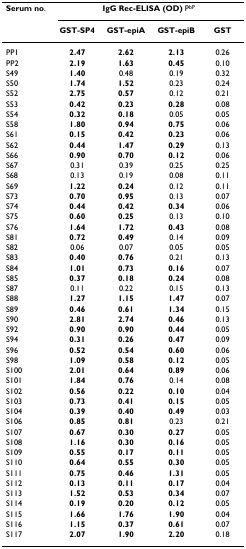
<table><thead><tr><td><b>Serum no.</b></td><td colspan="4"><b>IgG Rec-ELISA (OD) P<sup>bP</sup></b></td></tr><tr><td></td><td><b>GST-SP4</b></td><td><b>GST-epiA</b></td><td><b>GST-epiB</b></td><td><b>GST</b></td></tr></thead><tbody><tr><td>PP1</td><td><b>2.47</b></td><td><b>2.62</b></td><td><b>2.13</b></td><td>0.26</td></tr><tr><td>PP2</td><td><b>2.19</b></td><td><b>1.63</b></td><td><b>0.45</b></td><td>0.10</td></tr><tr><td>S49</td><td><b>1.40</b></td><td>0.48</td><td>0.19</td><td>0.32</td></tr><tr><td>S50</td><td><b>1.74</b></td><td><b>1.52</b></td><td>0.23</td><td>0.24</td></tr><tr><td>S52</td><td><b>2.75</b></td><td><b>0.57</b></td><td>0.12</td><td>0.21</td></tr><tr><td>S53</td><td><b>0.42</b></td><td><b>0.23</b></td><td><b>0.28</b></td><td>0.08</td></tr><tr><td>S54</td><td><b>0.32</b></td><td><b>0.18</b></td><td>0.05</td><td>0.05</td></tr><tr><td>S58</td><td><b>1.80</b></td><td><b>0.94</b></td><td><b>0.75</b></td><td>0.06</td></tr><tr><td>S61</td><td><b>0.15</b></td><td><b>0.42</b></td><td><b>0.23</b></td><td>0.06</td></tr><tr><td>S62</td><td><b>0.44</b></td><td><b>1.47</b></td><td><b>0.29</b></td><td>0.13</td></tr><tr><td>S66</td><td><b>0.90</b></td><td><b>0.70</b></td><td><b>0.12</b></td><td>0.06</td></tr><tr><td>S67</td><td>0.31</td><td>0.39</td><td>0.25</td><td>0.25</td></tr><tr><td>S68</td><td>0.13</td><td>0.19</td><td>0.08</td><td>0.11</td></tr><tr><td>S69</td><td><b>1.22</b></td><td><b>0.24</b></td><td>0.12</td><td>0.11</td></tr><tr><td>S73</td><td><b>0.70</b></td><td><b>0.95</b></td><td>0.13</td><td>0.07</td></tr><tr><td>S74</td><td><b>0.44</b></td><td><b>0.42</b></td><td><b>0.34</b></td><td>0.06</td></tr><tr><td>S75</td><td><b>0.60</b></td><td><b>0.25</b></td><td>0.13</td><td>0.10</td></tr><tr><td>S76</td><td><b>1.64</b></td><td><b>1.72</b></td><td><b>0.43</b></td><td>0.08</td></tr><tr><td>S81</td><td><b>0.72</b></td><td><b>0.49</b></td><td>0.14</td><td>0.09</td></tr><tr><td>S82</td><td>0.06</td><td>0.07</td><td>0.05</td><td>0.05</td></tr><tr><td>S83</td><td><b>0.40</b></td><td><b>0.76</b></td><td>0.21</td><td>0.13</td></tr><tr><td>S84</td><td><b>1.01</b></td><td><b>0.73</b></td><td><b>0.16</b></td><td>0.07</td></tr><tr><td>S85</td><td><b>0.37</b></td><td><b>0.18</b></td><td><b>0.24</b></td><td>0.08</td></tr><tr><td>S87</td><td>0.11</td><td>0.22</td><td>0.15</td><td>0.13</td></tr><tr><td>S88</td><td><b>1.27</b></td><td><b>1.15</b></td><td><b>1.47</b></td><td>0.07</td></tr><tr><td>S89</td><td><b>0.46</b></td><td><b>0.61</b></td><td><b>1.34</b></td><td>0.15</td></tr><tr><td>S90</td><td><b>2.81</b></td><td><b>2.74</b></td><td><b>0.46</b></td><td>0.13</td></tr><tr><td>S92</td><td><b>0.90</b></td><td><b>0.90</b></td><td><b>0.44</b></td><td>0.05</td></tr><tr><td>S94</td><td><b>0.31</b></td><td><b>0.26</b></td><td><b>0.47</b></td><td>0.09</td></tr><tr><td>S96</td><td><b>0.52</b></td><td><b>0.54</b></td><td><b>0.60</b></td><td>0.06</td></tr><tr><td>S98</td><td><b>1.09</b></td><td><b>0.58</b></td><td><b>0.12</b></td><td>0.05</td></tr><tr><td>S100</td><td><b>2.01</b></td><td><b>0.64</b></td><td><b>0.89</b></td><td>0.06</td></tr><tr><td>S101</td><td><b>1.84</b></td><td><b>0.76</b></td><td>0.14</td><td>0.08</td></tr><tr><td>S102</td><td><b>0.56</b></td><td><b>0.22</b></td><td><b>0.10</b></td><td>0.04</td></tr><tr><td>S103</td><td><b>0.73</b></td><td><b>0.41</b></td><td><b>0.15</b></td><td>0.05</td></tr><tr><td>S104</td><td><b>0.39</b></td><td><b>0.40</b></td><td><b>0.49</b></td><td>0.03</td></tr><tr><td>S106</td><td><b>0.85</b></td><td><b>0.81</b></td><td>0.23</td><td>0.21</td></tr><tr><td>S107</td><td><b>0.67</b></td><td><b>0.30</b></td><td><b>0.27</b></td><td>0.05</td></tr><tr><td>S108</td><td><b>1.16</b></td><td><b>0.30</b></td><td><b>0.16</b></td><td>0.05</td></tr><tr><td>S109</td><td><b>0.55</b></td><td><b>0.17</b></td><td><b>0.11</b></td><td>0.05</td></tr><tr><td>S110</td><td><b>0.64</b></td><td><b>0.55</b></td><td><b>0.30</b></td><td>0.05</td></tr><tr><td>S111</td><td><b>0.75</b></td><td><b>0.46</b></td><td><b>1.31</b></td><td>0.05</td></tr><tr><td>S112</td><td><b>0.13</b></td><td><b>0.11</b></td><td><b>0.17</b></td><td>0.04</td></tr><tr><td>S113</td><td><b>1.52</b></td><td><b>0.53</b></td><td><b>0.34</b></td><td>0.07</td></tr><tr><td>S114</td><td><b>0.19</b></td><td><b>0.20</b></td><td><b>0.12</b></td><td>0.05</td></tr><tr><td>S115</td><td><b>1.66</b></td><td><b>1.76</b></td><td><b>1.90</b></td><td>0.04</td></tr><tr><td>S116</td><td><b>1.15</b></td><td><b>0.37</b></td><td><b>0.61</b></td><td>0.07</td></tr><tr><td>S117</td><td><b>2.07</b></td><td><b>1.90</b></td><td><b>2.20</b></td><td>0.18</td></tr></tbody></table>